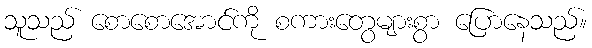
သူသည် စောစောအောင်ကို စကားတွေများစွာ ပြောနေသည်။